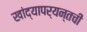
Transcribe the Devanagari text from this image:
खांद्यापर्यन्तची